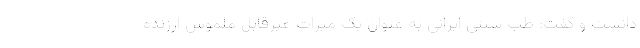
دانست و گفت: طب سنتی ایرانی به عنوان یک میراث غیرقابل ملموس ارزنده